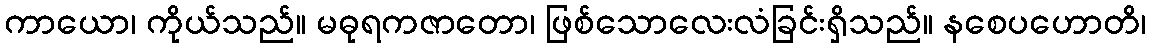
ကာယော၊ ကိုယ်သည်။ မဓုရကဇာတော၊ ဖြစ်သောလေးလံခြင်းရှိသည်။ နစေပဟောတိ၊